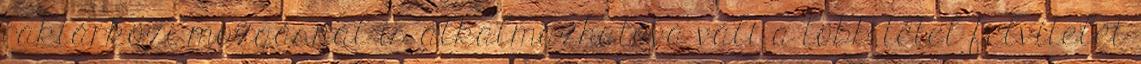
raktárközi mozgásnál is alkalmazhatóvá vált a több tétel felvitelét